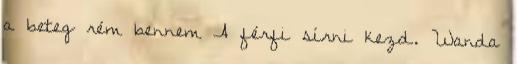
a beteg rém bennem A férfi sírni kezd. Wanda